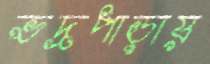
ভদ্রপাড়ায়